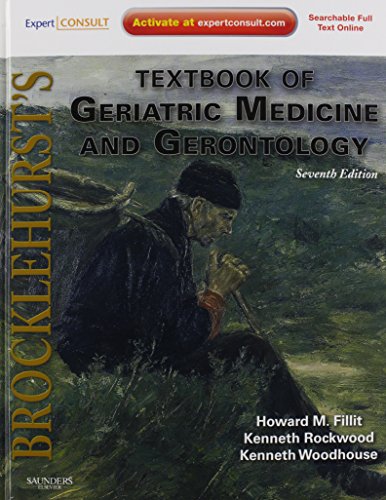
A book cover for Brocklehurst's Textbook of Geriatric Medicine and Gerontology: Expert Consult - Online and Print, 7e; Howard M. Fillit MD; Medical Books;